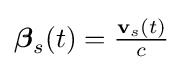
{\textstyle {\boldsymbol {\beta }}_{s}(t)={\frac {\mathbf {v} _{s}(t)}{c}}}